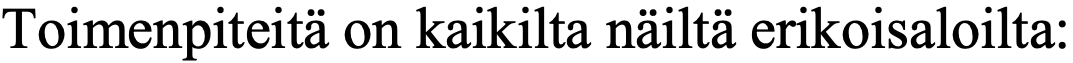
Toimenpiteitä on kaikilta näiltä erikoisaloilta: